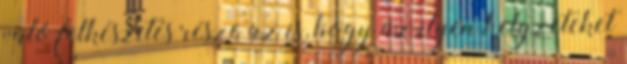
való felkészítés része az is, hogy az ilyen helyzeteket